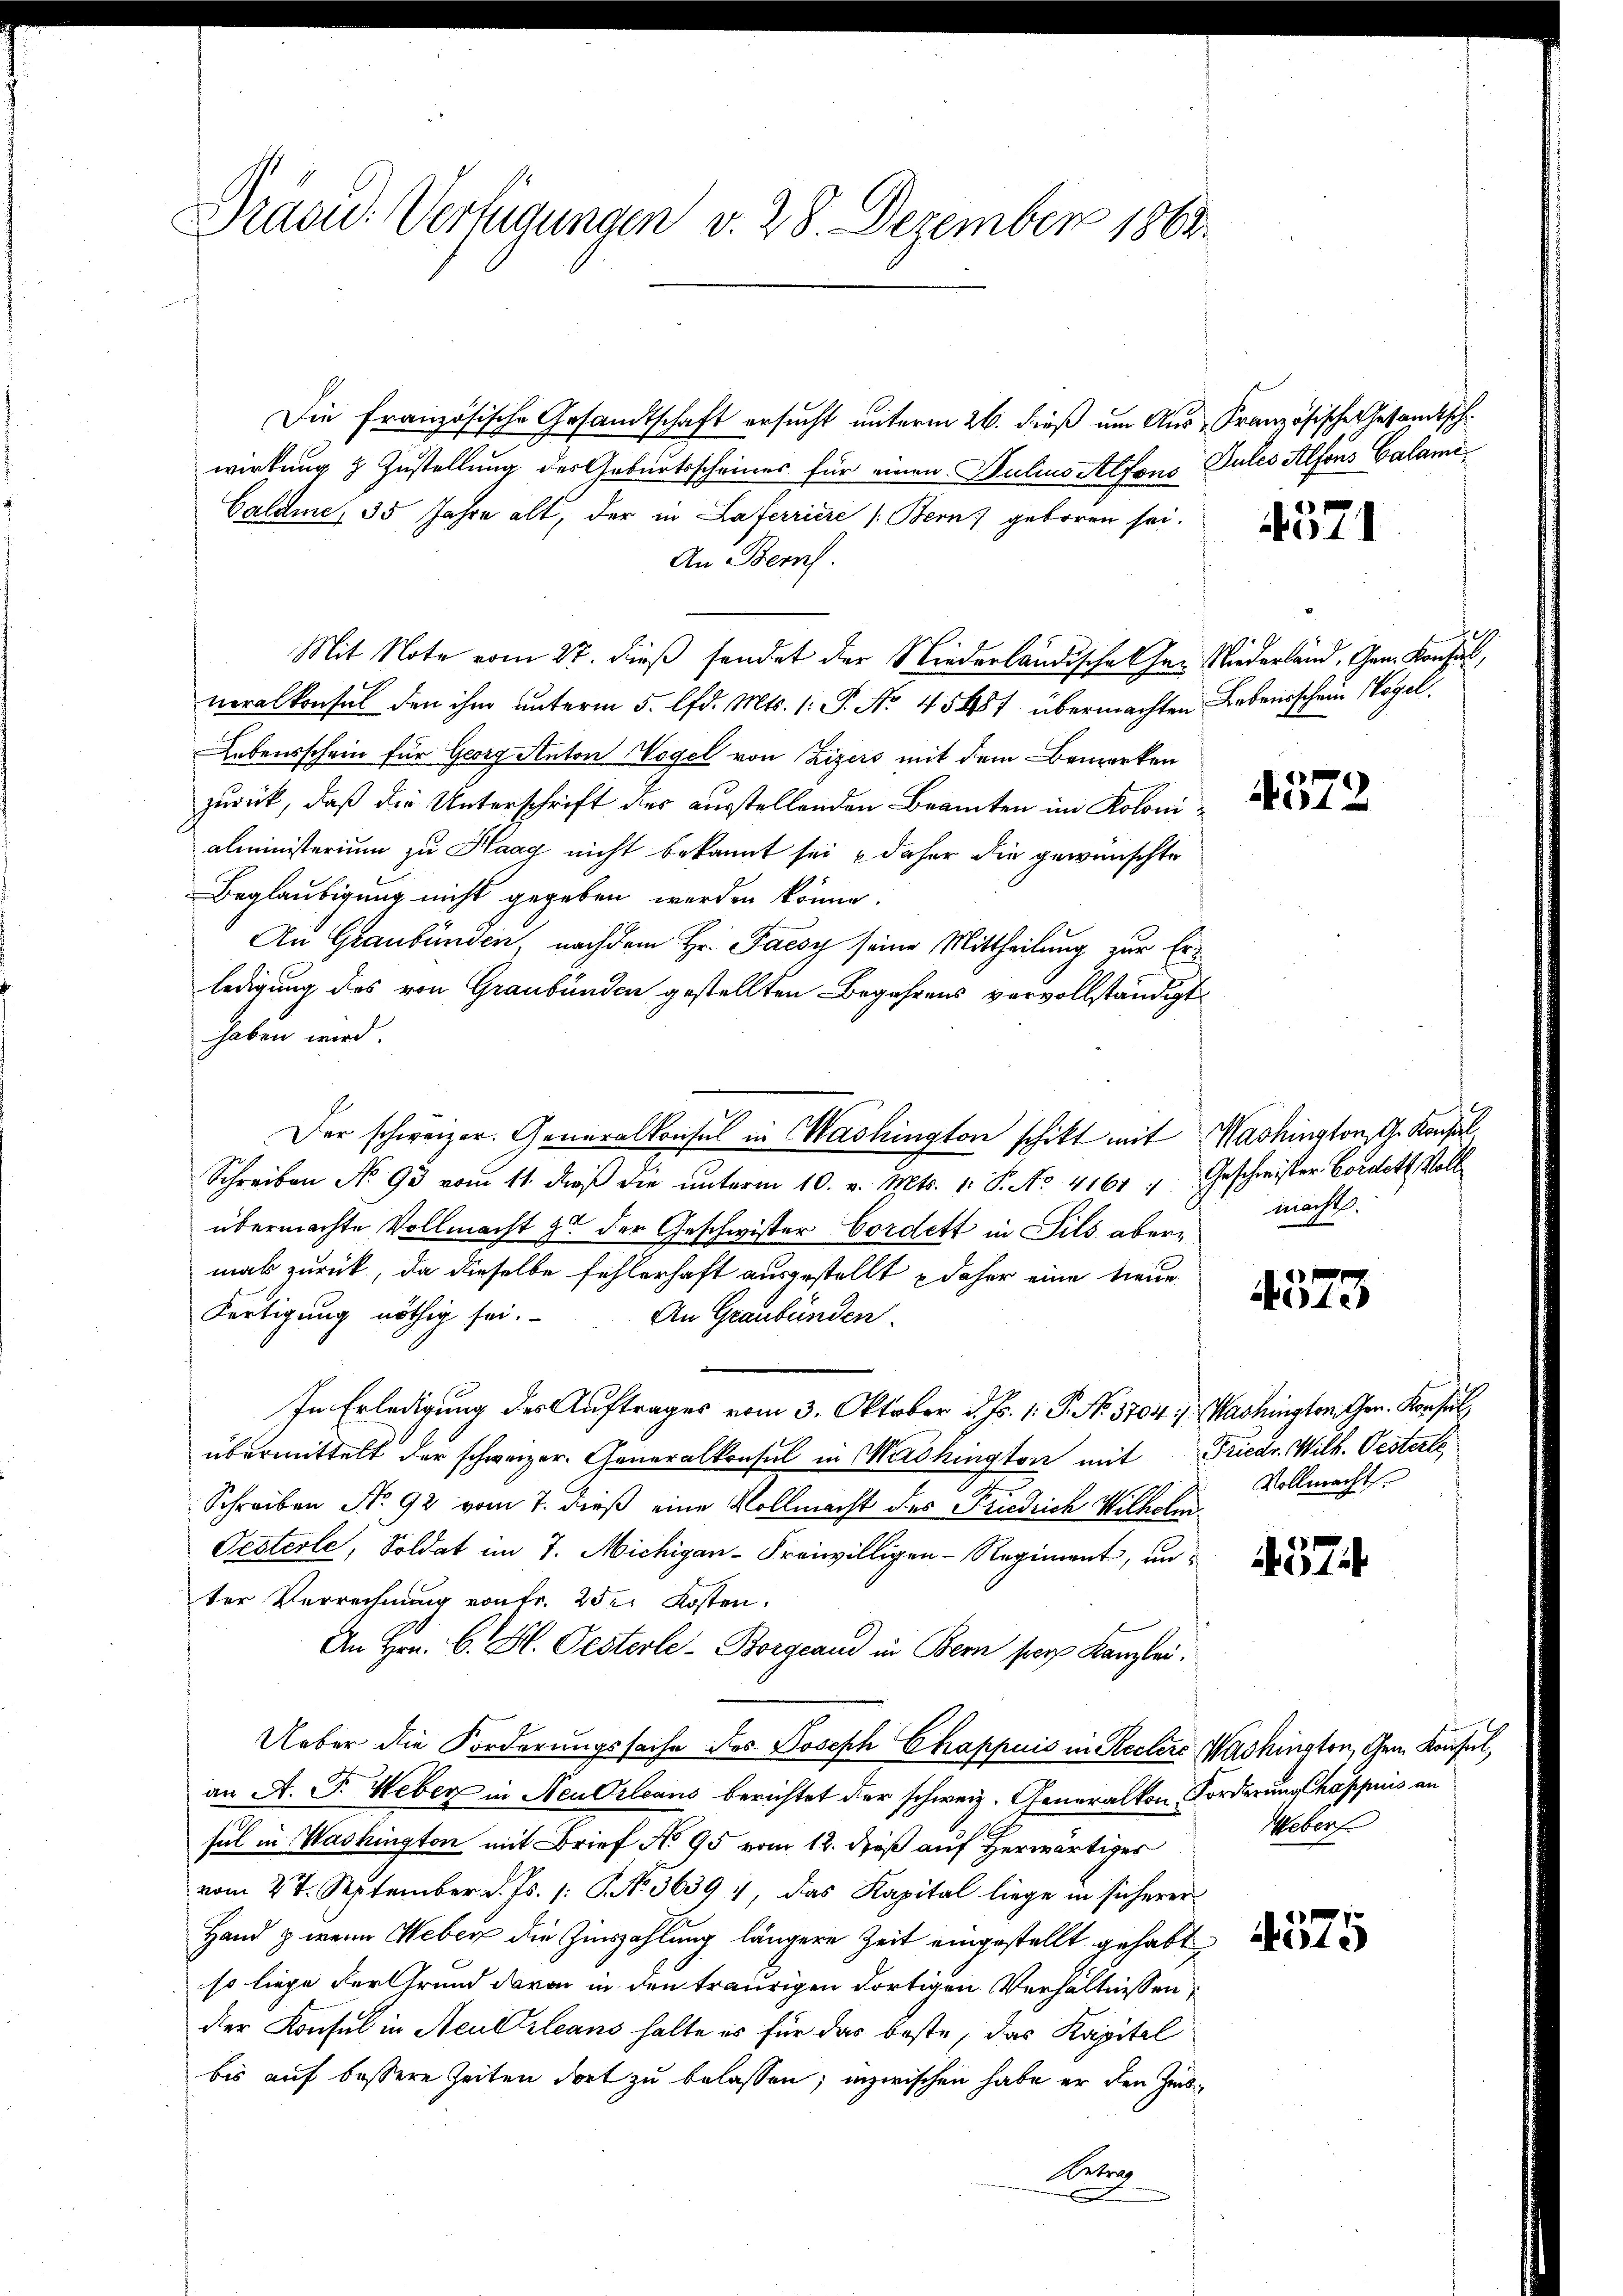
Praou: Verfügungen v. 28. Dezember 1863.

Die französische Gesandtschaft ersucht unterm 26. dieß um Aus- Französische Gesandtsch
wirkung & Zustellung des Geburtsscheines für einen Julius Alfons Pules Alfons Calame
Galdme, 35 Jahre alt, der in Haferriere /: Bern) geboren sei.
An Bern.
Mit Note vom 27. dieß sendet der Niederländische Char Niederland, Gen. Konsul,
neralkonsul den ihm unterm 5. lfd. Mts. 1. P. Nr. 45457 übermachten Lebensschein Wegel
Lebensschein für Georg Anton Vogel von Zizers mit dem Bemerken
zurück, daß die Unterschrift des ausstellenden Beamten im Kolonialministerium zu Haag nicht bekannt sei daher die gewünschte
Beglaubigung nicht gegeben werden könne.
An Graubünden, nachdem Hr. Facsy seine Mittheilung zur Erledigung des von Graubünden gestellten Begehrens vervollständigt
haben wird.
Schreiben No 93 vom 11. daβ die ŭnterm 10. v. Mts. 1. P. No. 4161 : Geschwister Coratete Voll
übermachte Vollmacht zu der Geschwister Cordett in Fils abermals zurück, da dieselbe fehlerhaft ausgestellt daher eine treue
Fertigung nöthig sei.
An Graubünden.
In Erledigung des Auftrages vom 3. Oktober d. Js. 1. P. No. 1704 :/ Washington, Ger. Konsul
übermittelt der schweizer. Generalkonsul in Mithington mit Friedr. Wilh. Oesterte
Schreiben No. 92 vom 7. dieß eine Vollmacht des Friedrich Wilhelm
Oesterle, Soldat im 7. Michigan-Freiwilligen - Regiment, un
ter Verrechnung von Fr. 25. Kosten.
An Hrn. C. St. Oesterle-Borgeand in Bern pers Kanzlei,
Ueber die Forderungssache des Joseph Chappuis in Rectors Washington, Gem Konsul,
an A. J. Weber in Neu Orleans berichtet der schweiz. Generalkon Forderung häppiis an
sul in Washington mit Brief No 95 vom 12. dieß auf Herwärtiger
vom 27. September d. Js. 1. No. 36391, das Kapital liege in sicherer
Hand & wenn Weber die Zinszahlung längere Zeit eingestellt gehabte
so liege der Grund davon in den traurigen dortigen Verhältnissen:
der Konsul in Neuerleans halte es für das beste, das Kapitel
bis auf bessere Zeiten dort zu belassen; inzwischen habe er den Zeit¬
Betra

Der schweizer. Generalkonsul in Washington schikt mit Washington, G. Konsul

4371

zeg

4572

macht.

4573

Vollmacht.

Weber